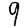
Digit: 9